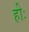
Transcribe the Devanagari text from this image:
हीः